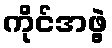
ကိုင်အဖွဲ့